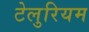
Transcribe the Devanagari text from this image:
टेलुरियम